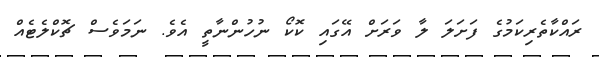
ރައްކާތެރިކަމުގެ ފަށަލަ ލާ ވަރަށް އޭގައި ކޮކޯ ނުހުންނާތީ އެވެ. ނަމަވެސް ޗޮކްލެޓެއް